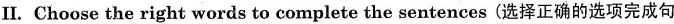
II.Choose the right words to complete the sentences (选择正确的选项完成句